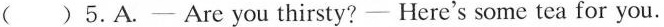
( )5.A.---Are you thirsty? ---Here's some tea for you.